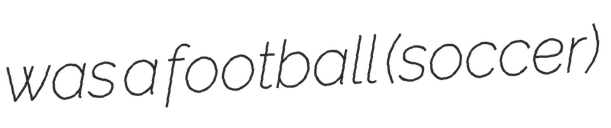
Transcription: was a football (soccer)